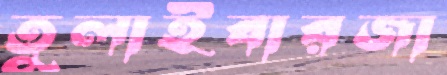
তুলাইবারজা